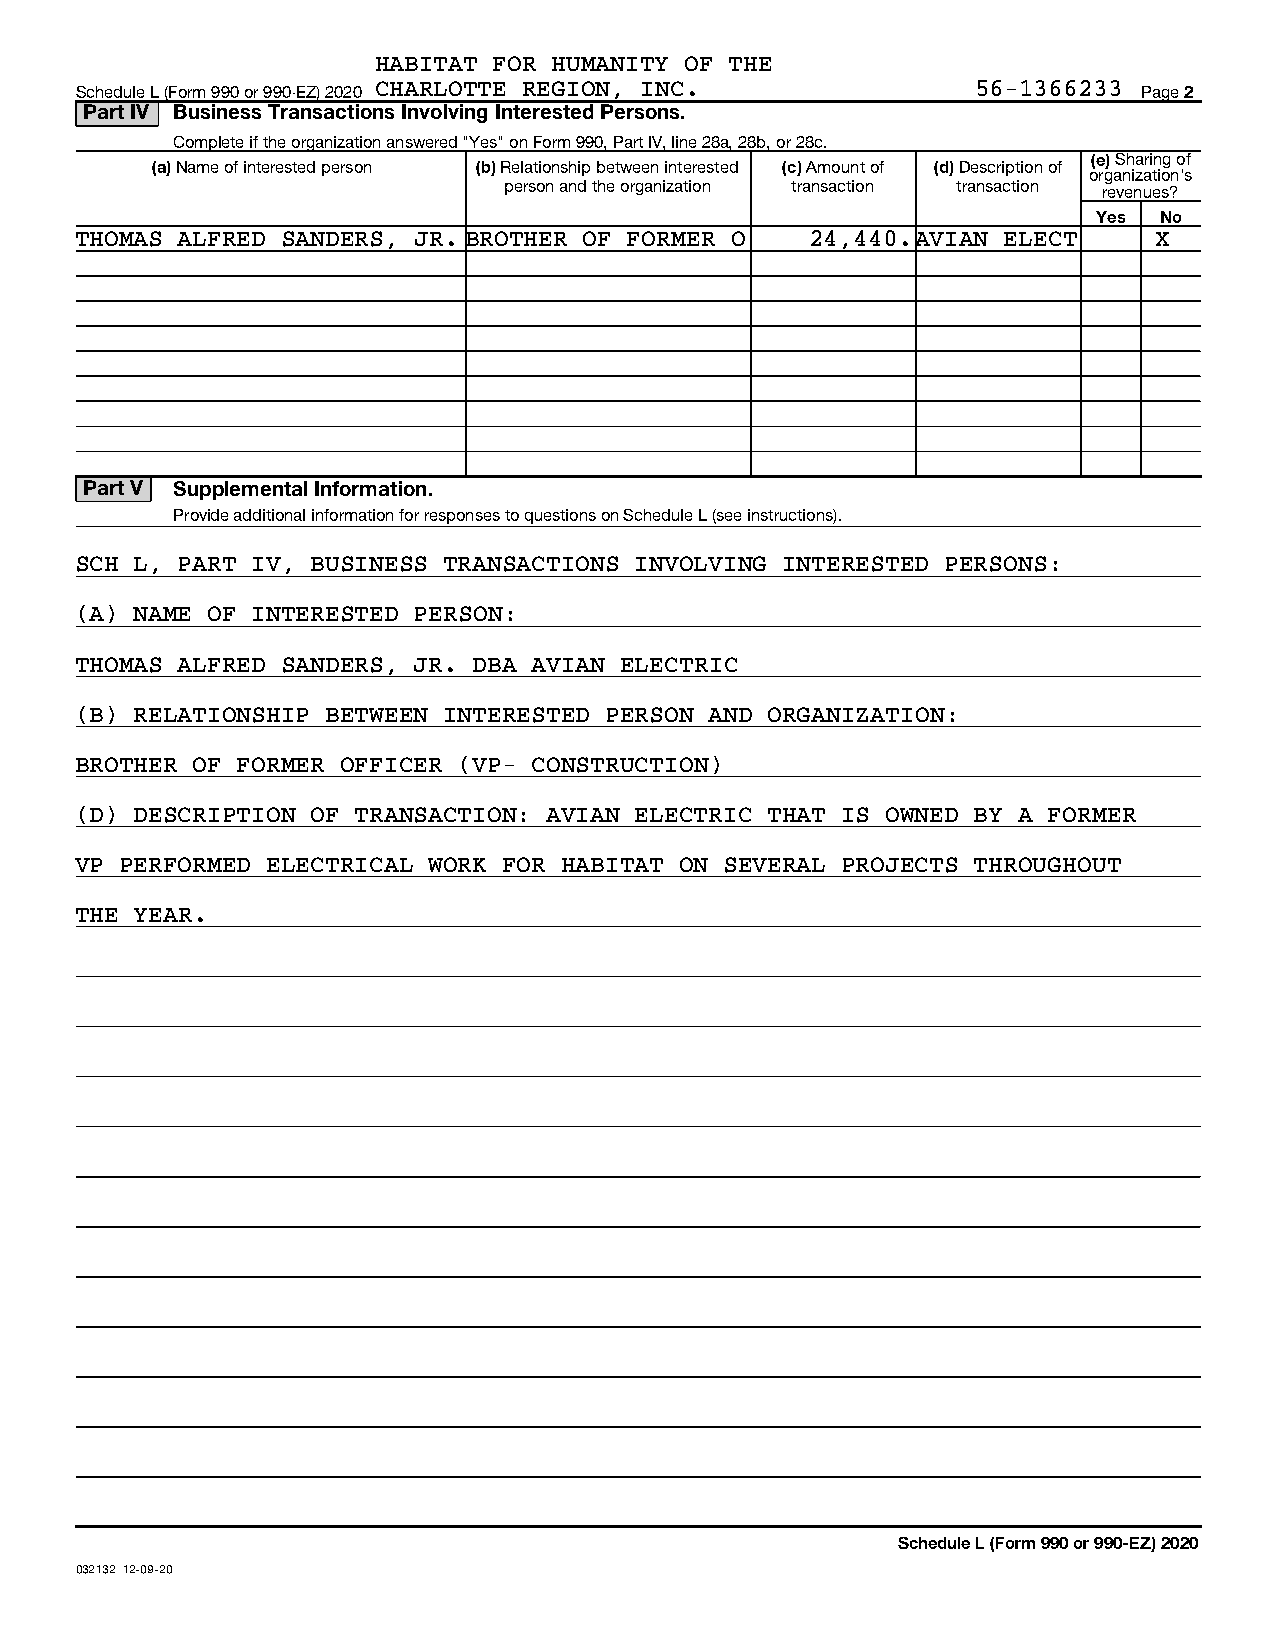
HABITAT FOR HUMANITY OF THE
 Schedule L (Form 990 or 990-EZ) 2020 CHARLOTTE REGION, INC. 56-1366233 Page 2
 Part IV Business Transactions Involving Interested Persons.
 Complete if the organization answered "Yes" on Form 990, Part IV, line 28a, 28b, or 28c.
 (e) Sharing of
 (a) Name of interested person (b) Relationship between interested (c) Amount of (d) Description of
 organization's
 person and the organization transaction transaction revenues?
 Yes No
 THOMAS ALFRED SANDERS, JR. BROTHER OF FORMER O   24,440.AVIAN ELECT    X
 Part V Supplemental Information.
 Provide additional information for responses to questions on Schedule L (see instructions).
 SCH L, PART IV, BUSINESS TRANSACTIONS INVOLVING INTERESTED PERSONS:
 (A) NAME OF INTERESTED PERSON:
 THOMAS ALFRED SANDERS, JR. DBA AVIAN ELECTRIC
 (B) RELATIONSHIP BETWEEN INTERESTED PERSON AND ORGANIZATION:
 BROTHER OF FORMER OFFICER (VP- CONSTRUCTION)
 (D) DESCRIPTION OF TRANSACTION: AVIAN ELECTRIC THAT IS OWNED BY A FORMER
 VP PERFORMED ELECTRICAL WORK FOR HABITAT ON SEVERAL PROJECTS THROUGHOUT
 THE YEAR.
 Schedule L (Form 990 or 990-EZ) 2020
 032132 12-09-20